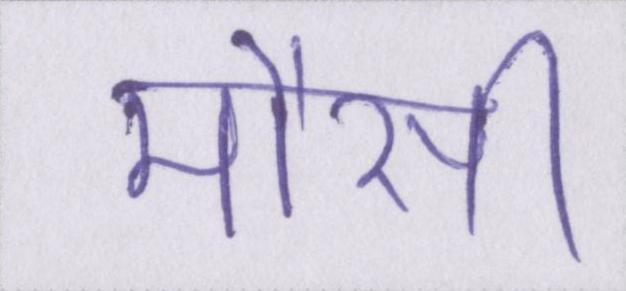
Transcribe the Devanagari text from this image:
मौसी